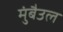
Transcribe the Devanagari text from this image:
मुंबैउल